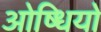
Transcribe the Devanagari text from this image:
ओष्धियो